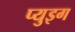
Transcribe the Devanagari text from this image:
प्युइग